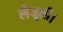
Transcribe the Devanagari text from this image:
लैजूली।